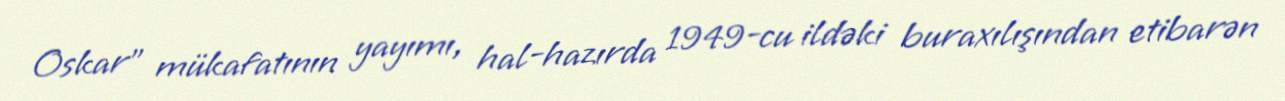
Oskar" mükafatının yayımı, hal-hazırda 1949-cu ildəki buraxılışından etibarən